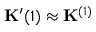
\mathbf { K } ^ { \prime } { ( 1 ) } \approx \mathbf { K } ^ { ( 1 ) }